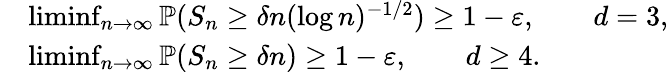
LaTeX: \begin{array}{rl}&{\operatorname*{liminf}_{n\to\infty}\operatorname{\mathbb{P}}(S_{n}\geq\delta n(\log n)^{-1/2})\geq 1-\varepsilon,\qquad d=3,}\\ &{\operatorname*{liminf}_{n\to\infty}\operatorname{\mathbb{P}}(S_{n}\geq\delta n)\geq 1-\varepsilon,\qquad d\geq 4.}\end{array}